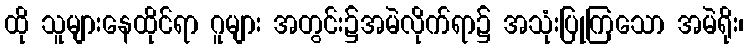
ထို သူများနေထိုင်ရာ ဂူများ အတွင်း၌အမဲလိုက်ရာ၌ အသုံးပြုကြသော အမဲရိုး၊